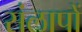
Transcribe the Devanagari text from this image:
संलापों